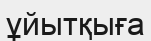
ұйытқыға